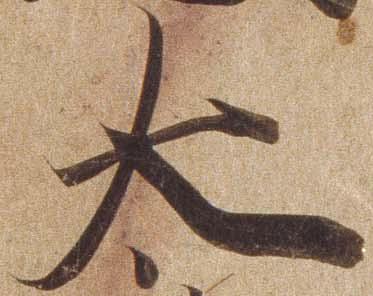
太